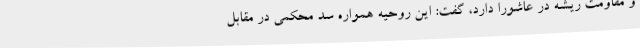
و مقاومت ریشه در عاشورا دارد، گفت: این روحیه همواره سد محکمی در مقابل